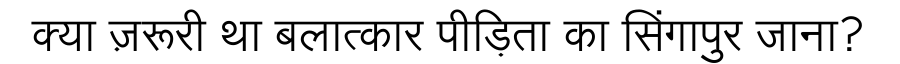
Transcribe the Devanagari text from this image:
क्या ज़रूरी था बलात्कार पीड़िता का सिंगापुर जाना?